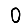
Digit: 0